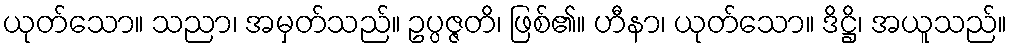
ယုတ်သော။ သညာ၊ အမှတ်သည်။ ဥပ္ပဇ္ဇတိ၊ ဖြစ်၏။ ဟီနာ၊ ယုတ်သော။ ဒိဋ္ဌိ၊ အယူသည်။